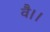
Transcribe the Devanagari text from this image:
वै।।